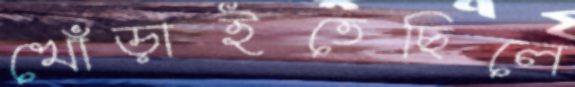
খোঁড়াইতেছিলে